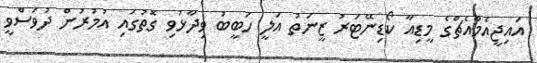
އައިޖީއެމްއެޗްގެ މީޑިއާ ކޯޑިނޭޓަރު ޒީނަތު އަލީ ހަބީބު ވިދާޅުވި ގޮތުގައި އުމުރުން ދުވަސްވީ